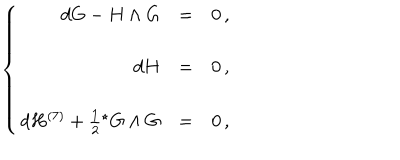
\left\{ \begin{array} { r c l } { { d G - H \wedge G } } & { { = } } & { { 0 \, , } } \\ { { } } & { { } } & { { } } \\ { { d H } } & { { = } } & { { 0 \, , } } \\ { { } } & { { } } & { { } } \\ { { d H ^ { ( 7 ) } + \frac { 1 } { 2 } { } ^ { \star } G \wedge G } } & { { = } } & { { 0 \, , } } \\ \end{array} \right.